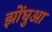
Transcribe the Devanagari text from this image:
झोंघुआ